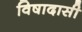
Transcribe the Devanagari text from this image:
विषादासी